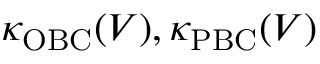
\kappa _ { \mathrm { O B C } } ( V ) , \kappa _ { \mathrm { P B C } } ( V )